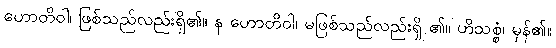
ဟောတိဝါ၊ ဖြစ်သည်လည်းရှိ၏။ န ဟောတိဝါ၊ မဖြစ်သည်လည်းရှိ ၏။ ဟိသစ္စံ၊ မှန်၏။